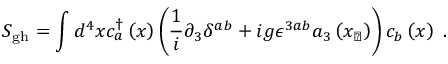
S _ { \mathrm { g h } } = \int d ^ { 4 } x c _ { a } ^ { \dagger } \left( x \right) \left( \frac { 1 } { i } \partial _ { 3 } \delta ^ { a b } + i g \epsilon ^ { 3 a b } a _ { 3 } \left( x _ { \perp } \right) \right) c _ { b } \left( x \right) \ .